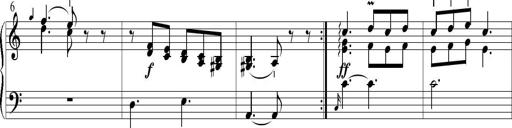
Title: 6 Leichte Sonatinen, Teil 1
Composer: F. Sigismund Sander